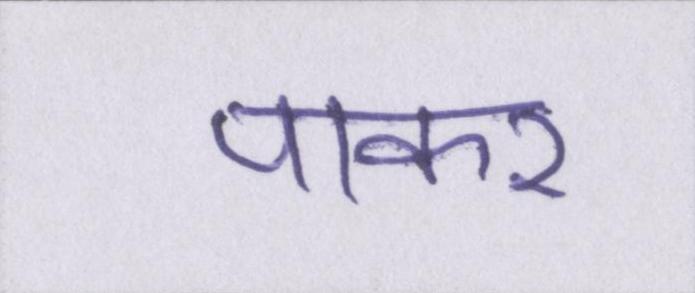
पाकर